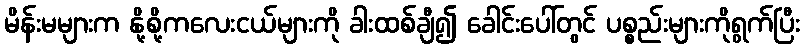
မိန်းမများက နို့စို့ကလေးငယ်များကို ခါးထစ်ချီ၍ ခေါင်းပေါ်တွင် ပစ္စည်းများကိုရွက်ပြီး